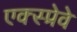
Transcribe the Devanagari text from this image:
एक्स्प्रेवे